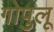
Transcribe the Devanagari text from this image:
गोपुलू